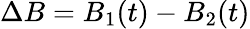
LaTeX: \Delta B=B_{1}(t)-B_{2}(t)